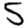
Digit: 5